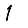
Digit: 1